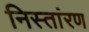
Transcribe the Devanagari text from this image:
निस्तांरण